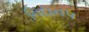
નિદાન૫